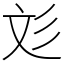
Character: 彣